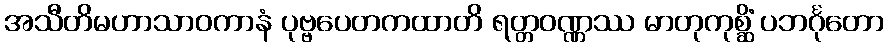
အသီတိမဟာသာဝကာနံ ပုဗ္ဗပေတကထာတိ ရတ္တဝဏ္ဏဿ မာတုကုစ္ဆိံ ပဘင်္ဂုတော